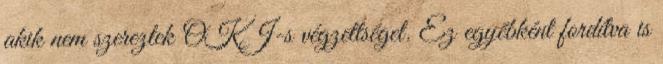
akik nem szereztek OKJ-s végzettséget. Ez egyébként fordítva is